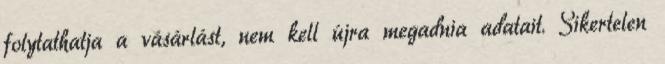
folytathatja a vásárlást, nem kell újra megadnia adatait. Sikertelen